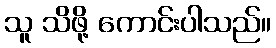
သူ သိဖို့ ကောင်းပါသည်။